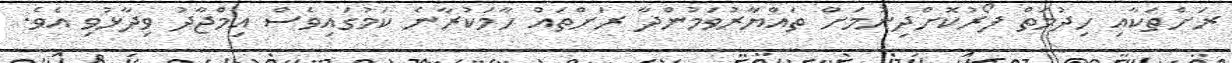
ރަށްތަކާއި ހިދުމަތް ފޯރުކޮށްދިނުމަށް ތައްޔާރުވަމުންދާ ރަށްތައް ހާމަކުރާނެ ކަމުގައިވެސް އިމްޖާދު ވިދާޅުވި އެވެ.